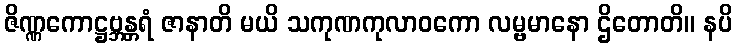
ဇိဏ္ဏကောဋ္ဌဗ္ဘန္တရံ ဇာနာတိ မယိ သကုဏကုလာဝကော လမ္ဗမာနော ဌိတောတိ။ နပိ